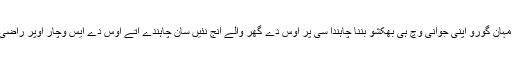
تبت دا ایہ مہان گورو اپنی جوانی وچ ہی بھکشو بننا چاہندا سی پر اوس دے گھر والے انج نئیں سان چاہندے اتے اوس دے ایس وچار اوپر راضی نئیں سان۔